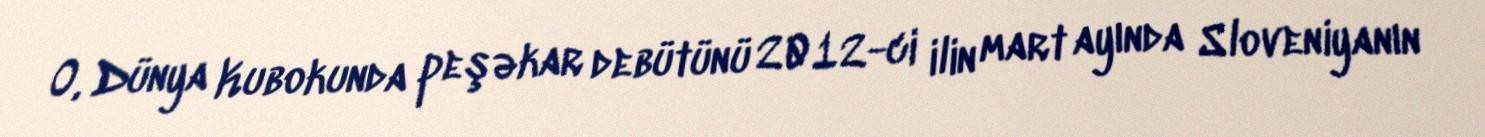
O, Dünya Kubokunda peşəkar debütünü 2012-ci ilin mart ayında Sloveniyanın